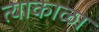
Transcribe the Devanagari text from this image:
त्याकाळा